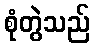
စုံတွဲသည်